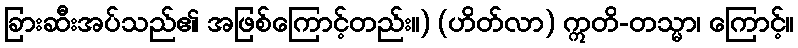
ခြားဆီးအပ်သည်၏ အဖြစ်ကြောင့်တည်း။) (ဟိတ်လာ) ဣတိ-တသ္မာ၊ ကြောင့်။